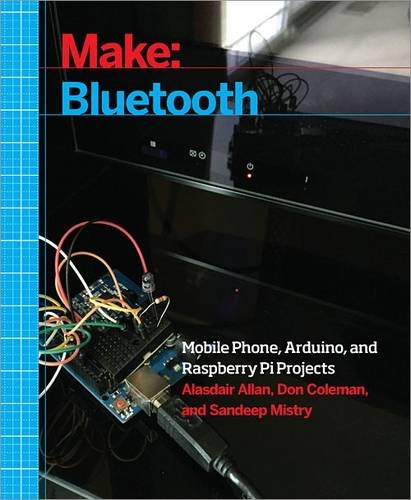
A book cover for Make: Bluetooth: Bluetooth LE Projects with Arduino, Raspberry Pi, and Smartphones; Alasdair Allan; Computers & Technology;